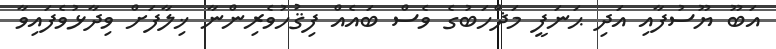
އަބޫ ޔޫސުފާއި އަދި ޙަނަފީ މަޛްހަބުގެ ވެސް ބައެއް ފިޤުހުވެރިންނާ ޚިލާފަށް ވިދާޅުވެފައިވާ